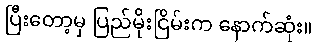
ပြီးတော့မှ ပြည်မိုးငြိမ်းက နောက်ဆုံး။